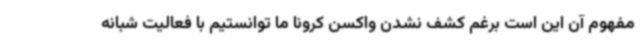
مفهوم آن این است برغم کشف نشدن واکسن کرونا ما توانستیم با فعالیت شبانه